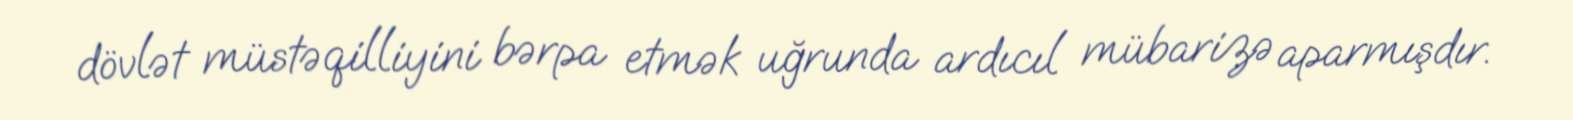
dövlət müstəqilliyini bərpa etmək uğrunda ardıcıl mübarizə aparmışdır.